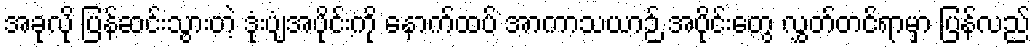
အခုလို ပြန်ဆင်းသွားတဲ့ ဒုံးပျံအပိုင်းကို နောက်ထပ် အာကာသယာဉ် အပိုင်းတွေ လွှတ်တင်ရာမှာ ပြန်လည်